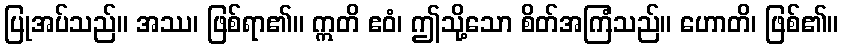
ပြုအပ်သည်။ အဿ၊ ဖြစ်ရာ၏။ ဣတိ ဧဝံ၊ ဤသို့သော စိတ်အကြံသည်။ ဟောတိ၊ ဖြစ်၏။